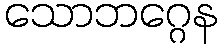
သောဘဂ္ဂေန